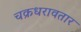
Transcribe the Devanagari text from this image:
चक्रधरावतार